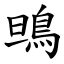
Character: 鴠